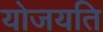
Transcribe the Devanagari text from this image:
योजयति